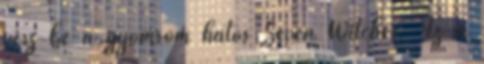
vesz be a gyomrom hatos Seven Witches: Az a